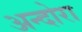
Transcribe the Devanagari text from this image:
अन्दोरा